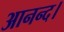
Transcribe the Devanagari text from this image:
आनन्द।